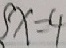
\{ x = 4